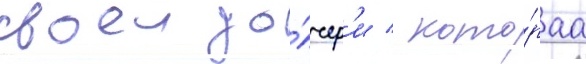
своеи до́чер'и / кото́раа